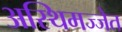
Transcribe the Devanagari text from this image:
अस्थिमज्जेत